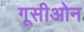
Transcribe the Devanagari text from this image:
गूसीओन